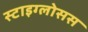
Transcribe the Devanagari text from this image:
स्टाइग्लोसस